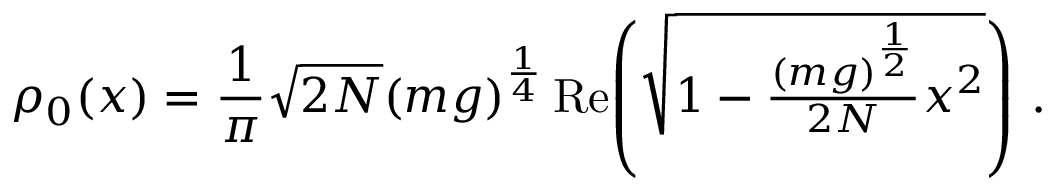
\rho _ { 0 } ( x ) = \frac { 1 } { \pi } \sqrt { 2 N } ( m g ) ^ { \frac { 1 } { 4 } } \, \mathrm { R e } \! \left( \sqrt { 1 - \textstyle { \frac { ( m g ) ^ { \frac { 1 } { 2 } } } { 2 N } } x ^ { 2 } } \right) \, .